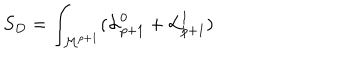
S _ { D } = \int _ { { \cal M } ^ { p + 1 } } ( { \cal L } _ { p + 1 } ^ { 0 } + { \cal L } _ { p + 1 } ^ { 1 } )